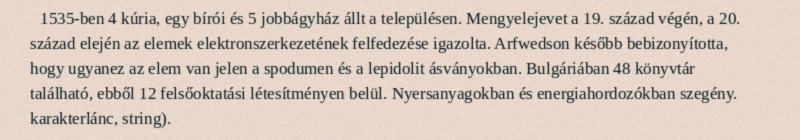
1535-ben 4 kúria, egy bírói és 5 jobbágyház állt a településen. Mengyelejevet a 19. század végén, a 20. század elején az elemek elektronszerkezetének felfedezése igazolta. Arfwedson később bebizonyította, hogy ugyanez az elem van jelen a spodumen és a lepidolit ásványokban. Bulgáriában 48 könyvtár található, ebből 12 felsőoktatási létesítményen belül. Nyersanyagokban és energiahordozókban szegény. karakterlánc, string).